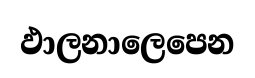
ඵාලනාලෙපෙන